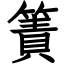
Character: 簀